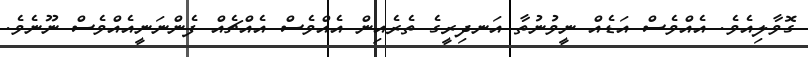
ގޮވާލިއެވެ. އެއްވެސް އަޑެއް ނީވުނުތާ އަނދިރީގެ ތެރެއިން އެއްވެސް އެއްޗެއް ފެންނަނީއެއްވެސް ނޫނެވެ.